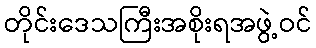
တိုင်းဒေသကြီးအစိုးရအဖွဲ့ဝင်